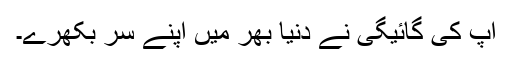
آپ کی گائیگی نے دنیا بھر میں اپنے سُر بکھرے۔